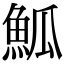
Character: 䱄